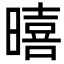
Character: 暿